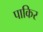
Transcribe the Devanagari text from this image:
पाकिर